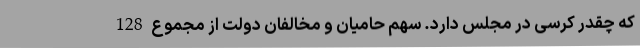
که چقدر کرسی در مجلس دارد. سهم حامیان و مخالفان دولت از مجموع 128